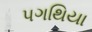
પગથિયા